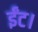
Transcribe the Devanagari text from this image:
ईंट।